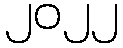
၂၀၂၂